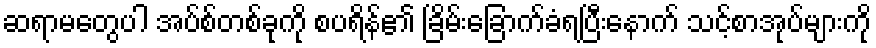
ဆရာမတွေပါ အပ်စ်တစ်ခုကို စပရိန်၏ ခြိမ်းခြောက်ခံရပြီးနောက် သင့်စာအုပ်များကို